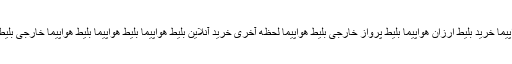
بلیط چارتر هواپیما خرید بلیط ارزان هواپیما بلیط پرواز خارجی بلیط هواپیما لحظه آخری خرید آنلاین بلیط هواپیما بلیط هواپیما بلیط هواپیما خارجی بلیط هواپیما ارزان